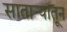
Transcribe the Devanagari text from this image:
सातार्‍यातून